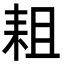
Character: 耝